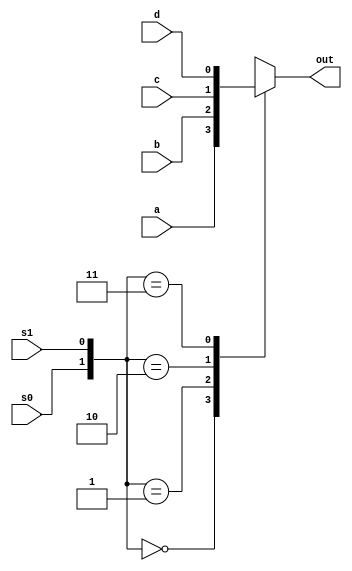
`timescale 1ns/1ps
module Mux4Behavioral (
input wire       a, b, c, d,
input wire       s0, s1,
output reg       out
 );

always @ (*) begin
  case ({s0,s1})
    2'b00 : out = a;
    2'b01 : out = b;
    2'b10 : out = c;
    2'b11 : out = d;
  endcase

end

endmodule